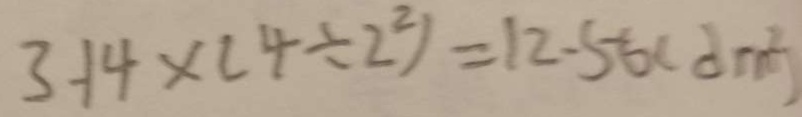
3 . 1 4 \times ( 4 \div 2 ^ { 2 } ) = 1 2 . 5 6 ( d m ^ { 2 } )